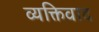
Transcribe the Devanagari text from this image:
व्‍यक्तिवाद